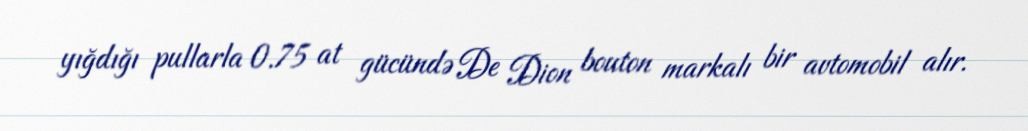
yığdığı pullarla 0.75 at gücündə De Dion bouton markalı bir avtomobil alır.